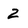
Character: 2